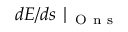
d E / d s \mid _ { \mathrm { ~ O ~ n ~ s ~ } }